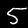
Digit: 5